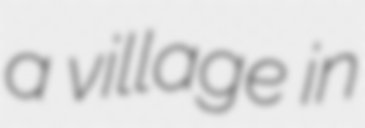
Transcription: a village in